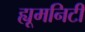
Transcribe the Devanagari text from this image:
ह्यूमनिटी